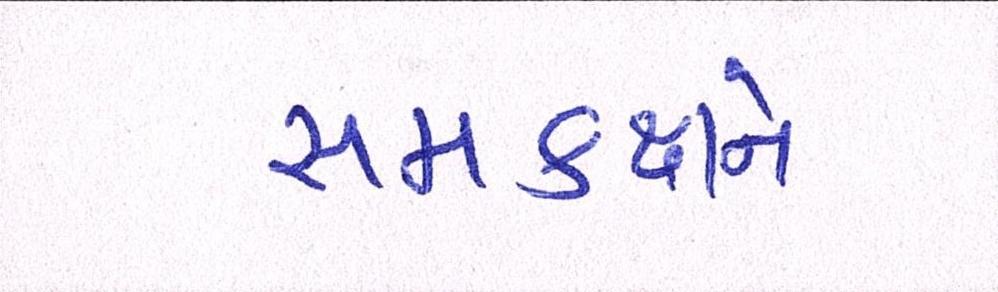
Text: સમકક્ષને